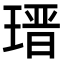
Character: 𤨁